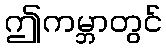
ဤကမ္ဘာတွင်